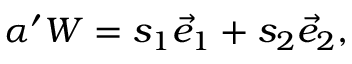
\alpha ^ { \prime } W = s _ { 1 } \vec { e } _ { 1 } + s _ { 2 } \vec { e } _ { 2 } ,